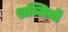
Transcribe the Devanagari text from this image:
शब्जियों